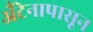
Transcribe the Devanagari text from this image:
अँटेनापासून